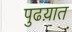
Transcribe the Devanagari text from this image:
पुढय़ात